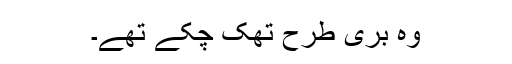
وہ بری طرح تھک چکے تھے۔